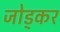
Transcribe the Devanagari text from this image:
जोड्कर